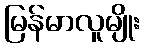
မြန်မာလူမျိုး